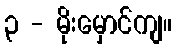
၃ - မိုးမှောင်ကျ။